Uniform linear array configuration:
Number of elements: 12
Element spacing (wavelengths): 0.25
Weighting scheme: kaiser
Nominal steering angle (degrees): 45
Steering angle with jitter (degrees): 44.835
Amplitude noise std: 0.05
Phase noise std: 0.05

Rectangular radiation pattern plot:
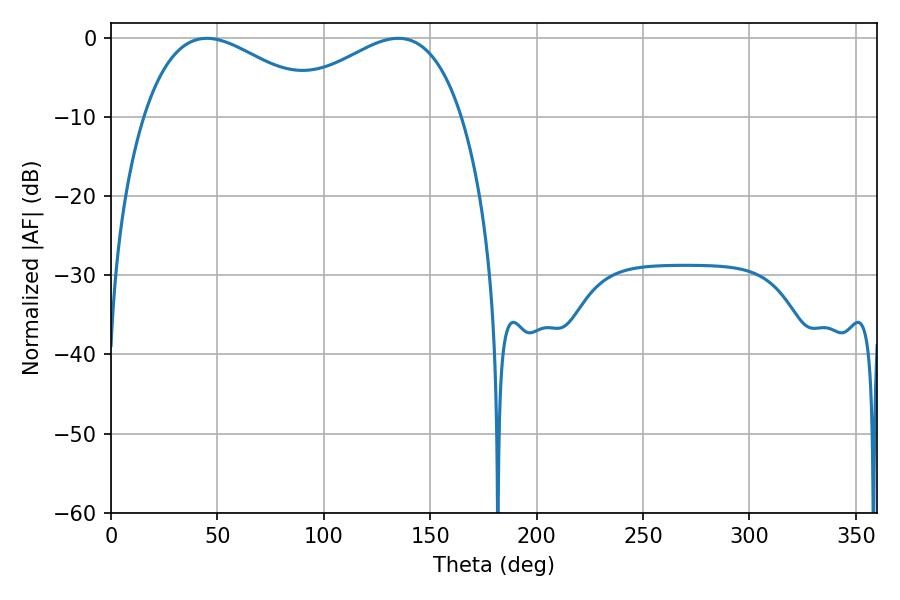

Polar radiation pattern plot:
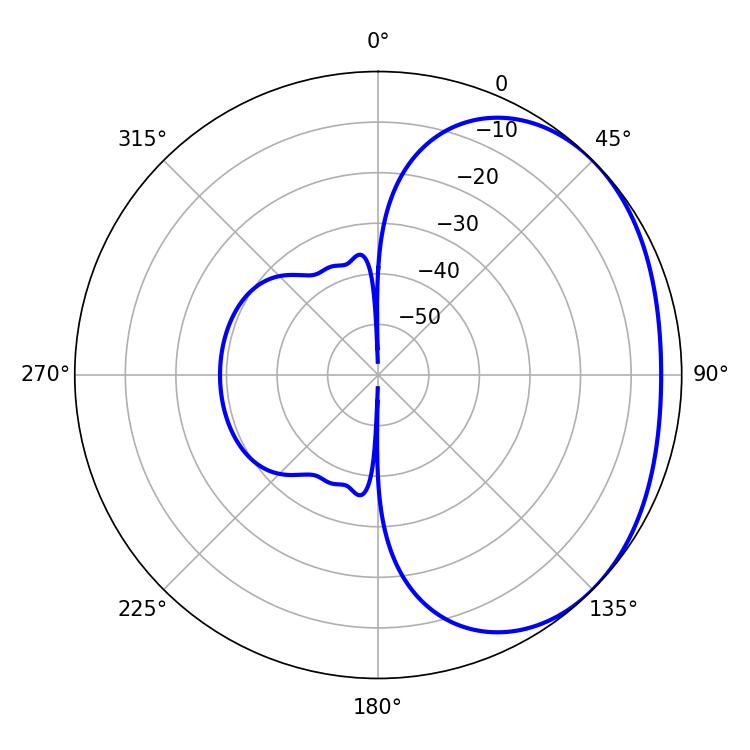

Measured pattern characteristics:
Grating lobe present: FALSE
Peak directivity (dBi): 2.074
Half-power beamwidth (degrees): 46.62
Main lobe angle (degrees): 45